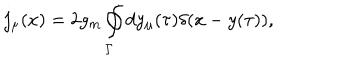
j _ { \mu } ( x ) = 2 g _ { m } \oint _ { \Gamma } ^ { } d y _ { \mu } ( \tau ) \delta ( x - y ( \tau ) ) ,